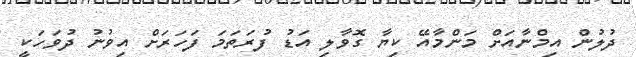
ދުލުން އިމްނާއަށް މަންމާއޭ ކިޔާ ގޮވާލި އަޑު ފުރަތަމަ ފަހަރަށް އިވުނު ދުވަހަކީ